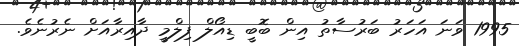
1995 ވަނަ އަހަރު ބަރުސާތު އިން ބޮބީ ޑިއޯލް ފިލްމީ ދާއިރާއަށް ނެރުނެވެ.